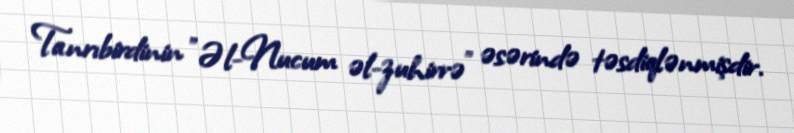
Tanrıbirdinin "Əl-Nucum əl-zuhirrə" əsərində təsdiqlənmişdir.